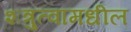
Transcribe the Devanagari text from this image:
शत्रुत्वामधील